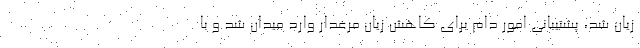
زیان شد، پشتیبانی امور دام برای کاهش زیان مرغدار وارد میدان شد و با